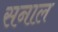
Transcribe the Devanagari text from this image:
सनाल